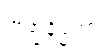
ဗြဟ္မနိမ္မိတာ